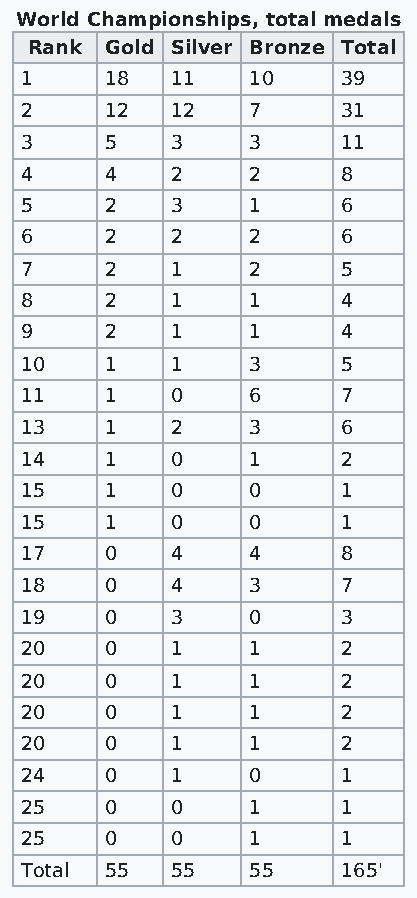
World Championships, total medals
 Rank Gold Silver Bronze Total
 1     18  11   10     39
 2     12  12   7      31
 3     5   3    3      11
 4     4   2    2      8
 5     2   3    1      6
 6     2   2    2      6
 7     2   1    2      5
 8     2   1    1      4
 9     2   1    1      4
 10    1   1    3      5
 11    1   0    6      7
 13    1   2    3      6
 14    1   0    1      2
 15    1   0    0      1
 15    1   0    0      1
 17    0   4    4      8
 18    0   4    3      7
 19    0   3    0      3
 20    0   1    1      2
 20    0   1    1      2
 20    0   1    1      2
 20    0   1    1      2
 24    0   1    0      1
 25    0   0    1      1
 25    0   0    1      1
 Total 55  55   55     165'